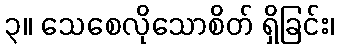
၃။ သေစေလိုသောစိတ် ရှိခြင်း၊